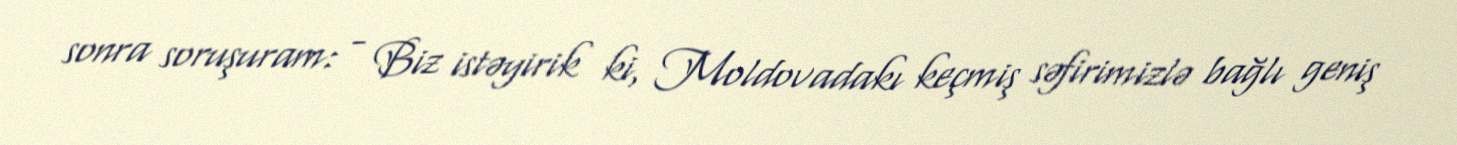
sonra soruşuram: - Biz istəyirik ki, Moldovadakı keçmiş səfirimizlə bağlı geniş